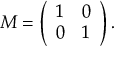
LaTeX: M = \left( \begin{array} { l l } { { 1 } } & { { 0 } } \\ { { 0 } } & { { 1 } } \end{array} \right) .